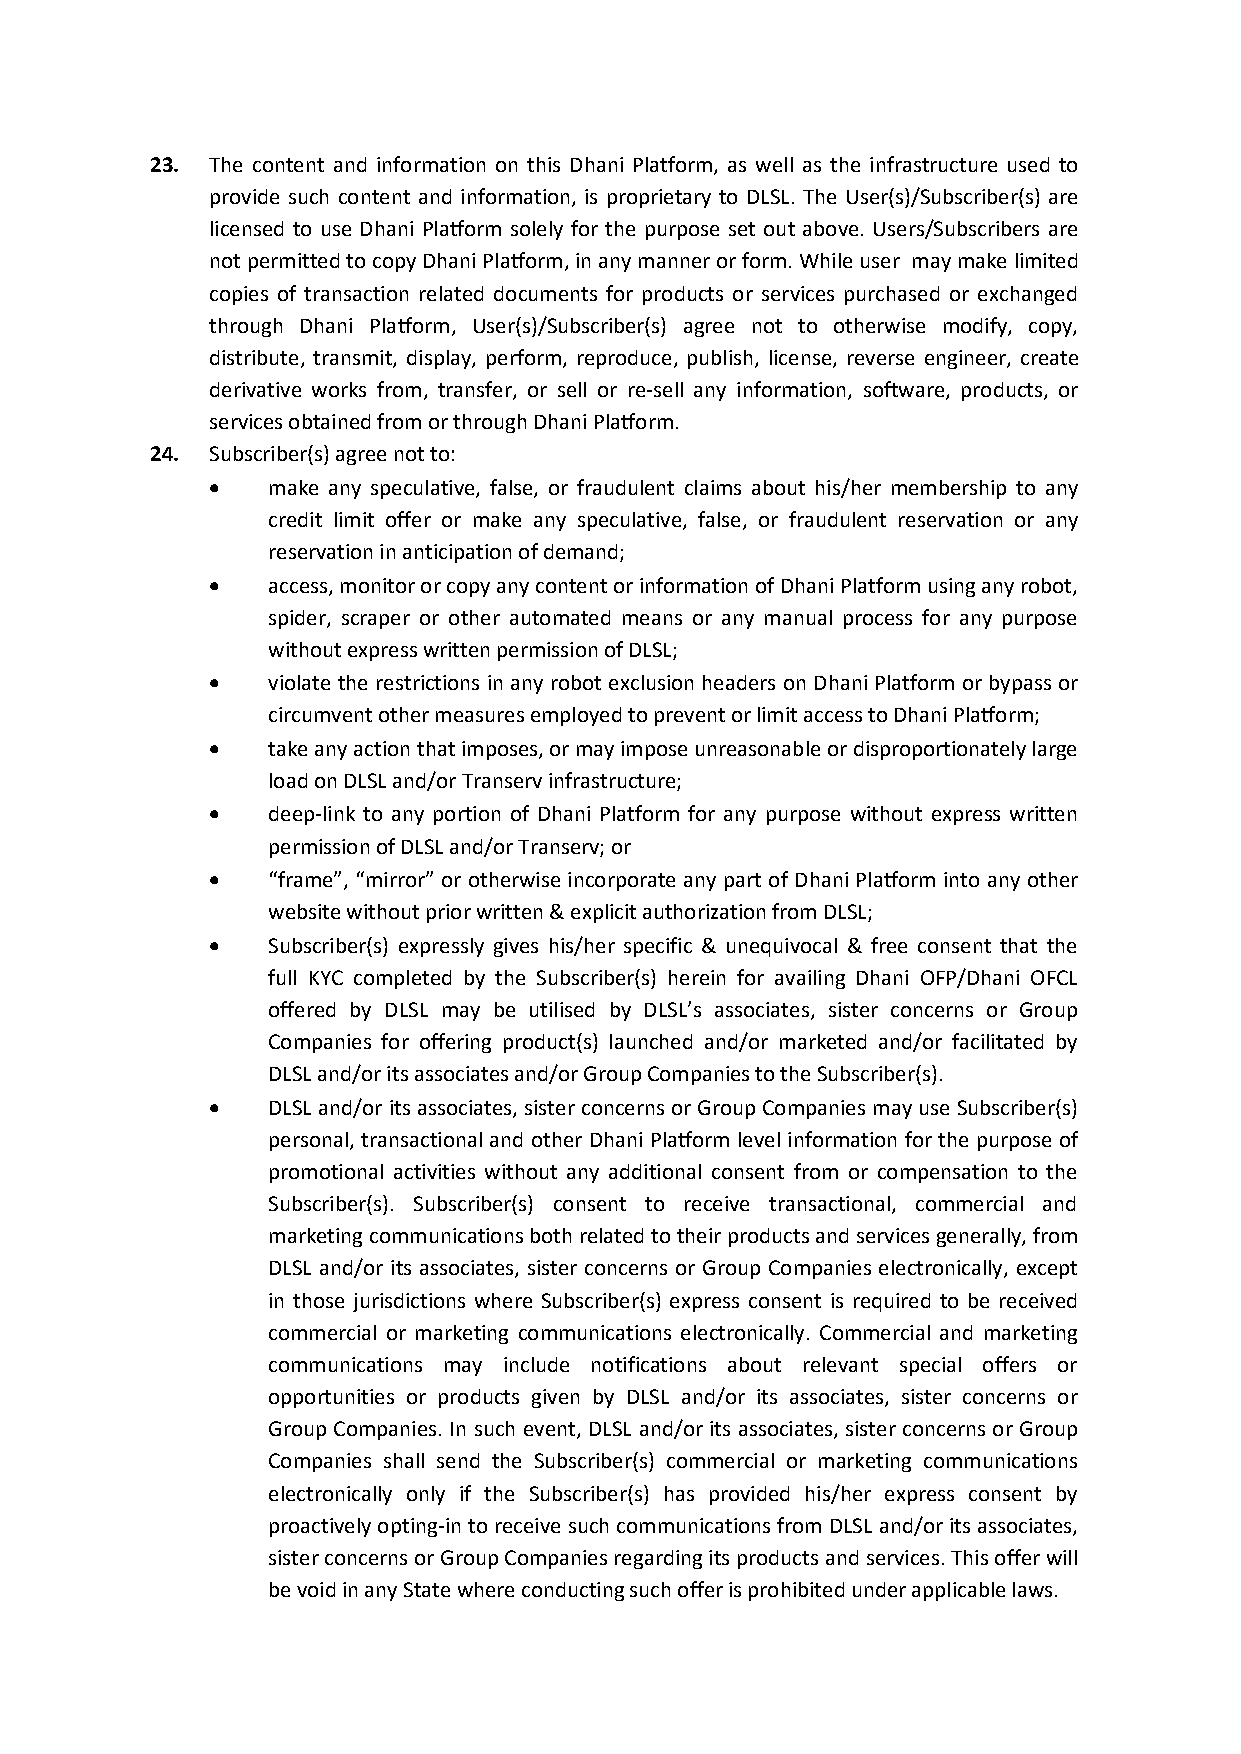
23. The content and information on this Dhani Platform, as well as the infrastructure used to
 provide such content and information, is proprietary to DLSL. The User(s)/Subscriber(s) are
 licensed to use Dhani Platform solely for the purpose set out above. Users/Subscribers are
 notpermittedtocopyDhaniPlatform,inanymannerorform.Whileuser maymakelimited
 copies of transaction related documents for products or services purchased or exchanged
 through Dhani Platform, User(s)/Subscriber(s) agree not to otherwise modify, copy,
 distribute, transmit, display, perform, reproduce, publish, license, reverse engineer, create
 derivative works from, transfer, or sell or re-sell any information, software, products, or
 servicesobtainedfromorthroughDhaniPlatform.
 24. Subscriber(s)agreenotto:
    make any speculative, false, or fraudulent claims about his/her membership to any
 credit limit offer or make any speculative, false, or fraudulent reservation or any
 reservationinanticipationofdemand;
    access,monitororcopyanycontentorinformationofDhaniPlatformusinganyrobot,
 spider, scraper or other automated means or any manual process for any purpose
 withoutexpresswrittenpermissionofDLSL;
    violate the restrictions in any robot exclusionheaders onDhaniPlatformorbypass or
 circumventothermeasuresemployedtopreventorlimitaccesstoDhaniPlatform;
    takeanyactionthatimposes,ormayimposeunreasonableordisproportionatelylarge
 loadonDLSLand/orTranservinfrastructure;
    deep-link to any portion of Dhani Platform for any purpose without express written
 permissionofDLSLand/orTranserv;or
    “frame”, “mirror” or otherwise incorporate any part of Dhani Platform into any other
 websitewithoutpriorwritten&explicitauthorizationfromDLSL;
    Subscriber(s) expressly gives his/her specific & unequivocal & free consent that the
 full KYC completed by the Subscriber(s) herein for availing Dhani OFP/Dhani OFCL
 offered by DLSL may be utilised by DLSL’s associates, sister concerns or Group
 Companies for offering product(s) launched and/or marketed and/or facilitated by
 DLSLand/oritsassociatesand/orGroupCompaniestotheSubscriber(s).
    DLSL and/orits associates, sisterconcernsorGroupCompanies mayuse Subscriber(s)
 personal, transactionaland other Dhani Platform levelinformation forthe purpose of
 promotional activities without any additional consent from or compensation to the
 Subscriber(s). Subscriber(s) consent to receive transactional, commercial and
 marketingcommunicationsbothrelatedtotheirproductsandservicesgenerally,from
 DLSL and/or its associates, sister concerns or Group Companies electronically, except
 in those jurisdictions where Subscriber(s) express consent is required to be received
 commercial or marketing communications electronically. Commercial and marketing
 communications may include notifications about relevant special offers or
 opportunities or products given by DLSL and/or its associates, sister concerns or
 Group Companies. In such event, DLSL and/or its associates, sisterconcerns or Group
 Companies shall send the Subscriber(s) commercial or marketing communications
 electronically only if the Subscriber(s) has provided his/her express consent by
 proactivelyopting-intoreceivesuchcommunications fromDLSLand/oritsassociates,
 sisterconcernsorGroupCompaniesregardingitsproductsandservices.Thisofferwill
 bevoidinanyStatewhereconductingsuchofferisprohibitedunderapplicablelaws.